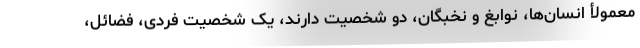
معمولأ انسان‌ها، نوابغ و نخبگان، دو شخصیت دارند، یک شخصیت فردی، فضائل،